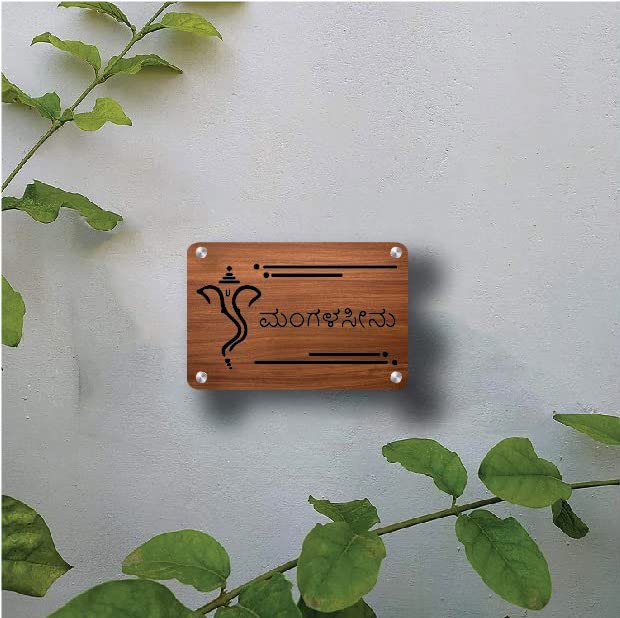
Language: kannada
Transcription: ಮಂಗಳಸೀನು